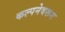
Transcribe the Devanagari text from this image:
कल्पनेवरून